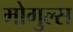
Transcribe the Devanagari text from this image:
मोगुल्स